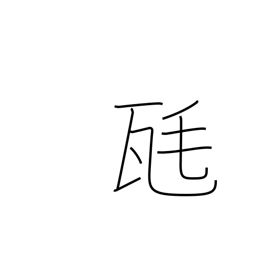
Meaning: milligram